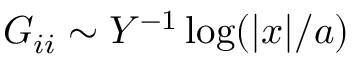
G _ { i i } \sim Y ^ { - 1 } \log ( | x | / a )